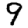
Digit: 9